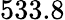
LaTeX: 533.8